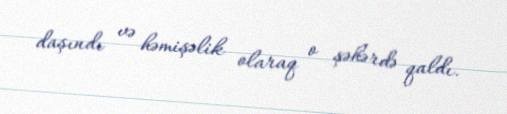
daşındı və həmişəlik olaraq o şəhərdə qaldı.